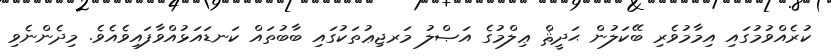
ކުރެއްވުމުގައި އިމާމުވެރި ބޭކަލުން ޙަދީޘް ޢިލްމުގެ އަޞްލު މަރޖިޢުތަކުގައި ބާބުތައް ކަނޑައަޅުއްވާފައިވެއެވެ. މިދެންނެވި